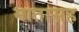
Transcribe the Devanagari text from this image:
मातासह